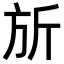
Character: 𪯲